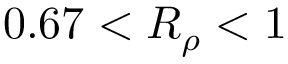
0 . 6 7 < R _ { \rho } < 1